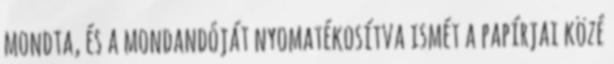
mondta, és a mondandóját nyomatékosítva ismét a papírjai közé